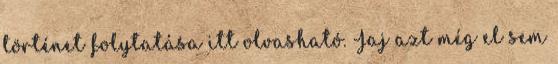
történet folytatása itt olvasható. Jaj azt még el sem